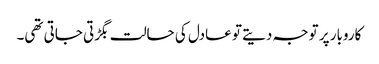
کاروبار پر توجہ دیتے تو عادل کی حالت بگڑتی جاتی تھی۔